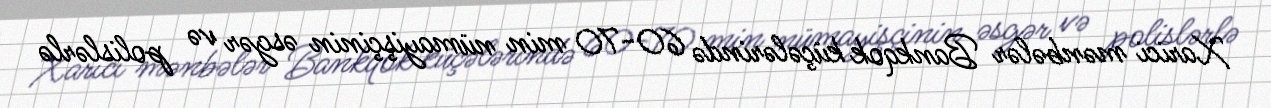
Xarici mənbələr Bankqok küçələrində 60-70 min nümayişçinin əsgər və polislərlə